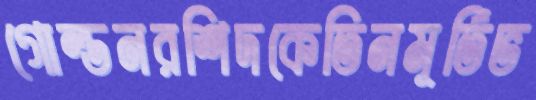
গোল্ডনরশিদকেতিনমূর্তিভ